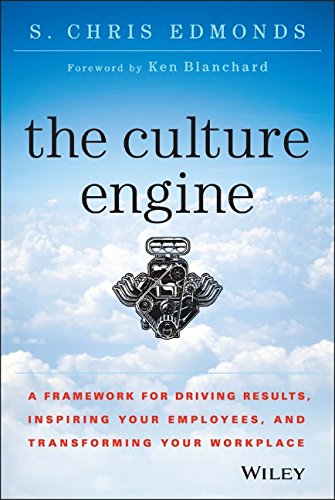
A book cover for The Culture Engine: A Framework for Driving Results, Inspiring Your Employees, and Transforming Your Workplace; S. Chris Edmonds; Business & Money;